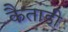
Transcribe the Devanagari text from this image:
कैताडी